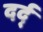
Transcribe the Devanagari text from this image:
दर्द्